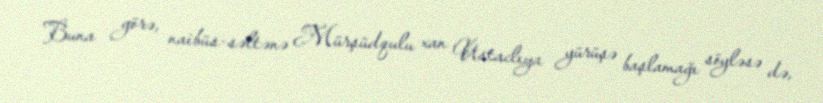
Buna görə, naibüs-səltənə Mürşüdqulu xan Ustaclıya yürüşə başlamağı söyləsə də,